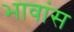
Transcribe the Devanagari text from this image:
भावांस